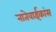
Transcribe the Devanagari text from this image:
नातेवाईकांस